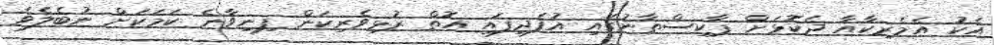
އެކު އެމެރިކާއާ ދެކޮޅަށް ޕާކިސްތާނުގައި އުފެދިފައި އޮތް ރުޅިވެރިކަން ފިނިވާނެ ކަމަކަށް ނުބެލެވެ